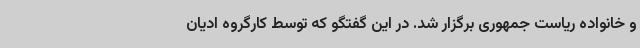
و خانواده ریاست جمهوری برگزار شد. در این گفتگو که توسط کارگروه ادیان